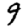
Digit: 9